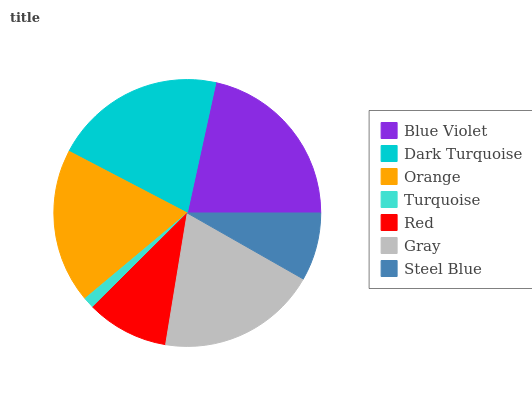
| Blue Violet | Dark Turquoise | Orange | Turquoise | Red | Gray | Steel Blue |
 | --- | --- | --- | --- | --- | --- | --- |
 | 21.6% | 20.8% | 18.7% | 1.38% | 9.92% | 19.4% | 8.21% |